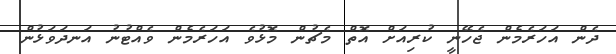
ދެން އަހަރެމެން ޖެހޭނީ ކުރިއަށް އޮތް މެޗުން މޮޅުވެ އަހަރެމެން ވެއްޓުނު އަނދަވަޅުން